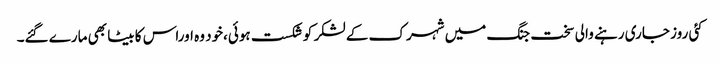
کئی روز جاری رہنے والی سخت جنگ میں شہرک کے لشکر کو شکست ہوئی،خود وہ اوراس کا بیٹا بھی مارے گئے۔